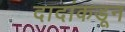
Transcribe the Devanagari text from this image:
दादांकडून